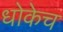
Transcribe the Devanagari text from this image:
धोकेच